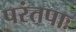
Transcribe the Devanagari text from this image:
परंतपाः